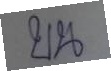
บน